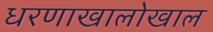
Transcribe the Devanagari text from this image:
धरणाखालोखाल